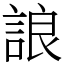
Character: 誏